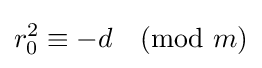
r_{0}^{2}\equiv -d{\pmod {m}}